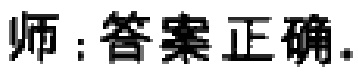
师：答案正确.